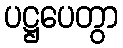
ပဋ္ဌပေတွာ